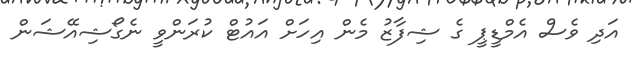
އަދި ވެސް އެމްޑީޕީ ގެ ޝިފާޒު މެން އިހަށް އައުޓް ކުރަންވީ ނެގޯޝިއޭޝަން